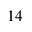
1 4